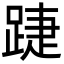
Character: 踕